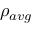
\rho _ { a v g }